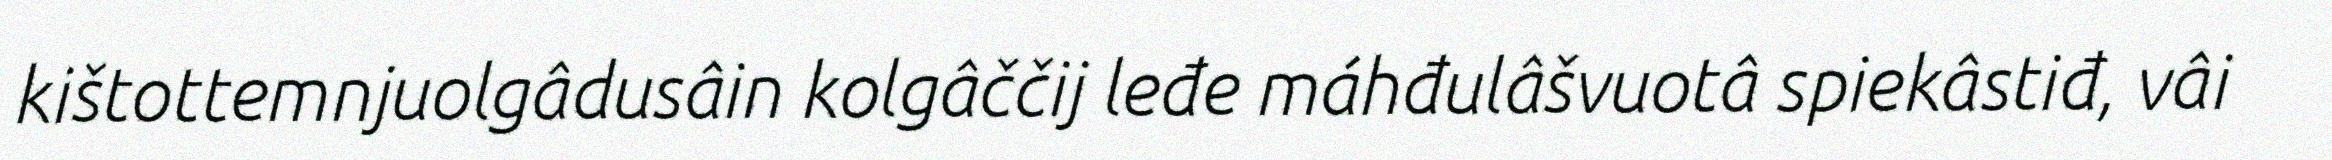
kištottemnjuolgâdusâin kolgâččij leđe máhđulâšvuotâ spiekâstiđ, vâi